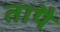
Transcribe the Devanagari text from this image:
तापै